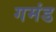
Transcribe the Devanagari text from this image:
गमंड